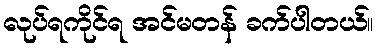
လုပ်ရကိုင်ရ အင်မတန် ခက်ပါတယ်။